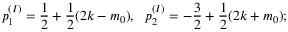
p _ { 1 } ^ { ( I ) } = \frac { 1 } { 2 } + \frac { 1 } { 2 } ( 2 k - m _ { 0 } ) , ~ ~ p _ { 2 } ^ { ( I ) } = - \frac { 3 } { 2 } + \frac { 1 } { 2 } ( 2 k + m _ { 0 } ) ;